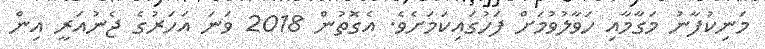
މަނިކުފާނު މަގާމާއި ހަވާލުވުމަށް ފަހުގައިކަމަށެވެ. އެގޮތުން 2018 ވަނަ އަހަރުގެ ޖެނުއަރީ އިން